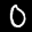
Label: 0